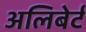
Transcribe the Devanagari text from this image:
अलिबेर्ट